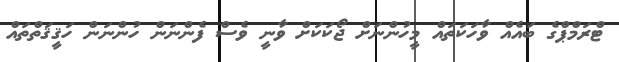
ޓްރަމްޕްގެ ބައެއް ވާހަކަތައް މީހުންނަށް ޖޯކަކަށް ވާނީ ވެސް ފެންނަން ހުންނަން ހަޤީޤަތްތައް